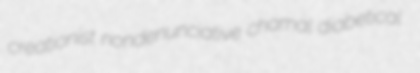
creationist nondenunciative chamal diabetical